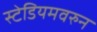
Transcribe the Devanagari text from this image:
स्टेडियमवरुन